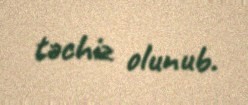
təchiz olunub.